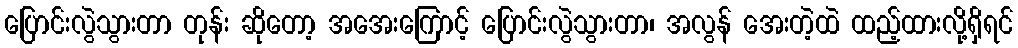
ပြောင်းလွဲသွားတာ တုန်း ဆိုတော့ အအေးကြောင့် ပြောင်းလွဲသွားတာ၊ အလွန် အေးတဲ့ထဲ ထည့်ထားလို့ရှိရင်